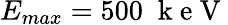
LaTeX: E_{max}=500\; \mathrm{~k~e~V~}